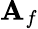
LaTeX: \mathbf{A}_{f}